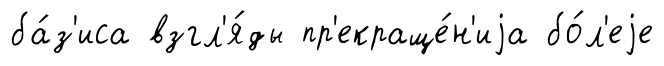
ба́з'иса взгл'я́ды пр'екраще́н'иjа бо́л'еjе